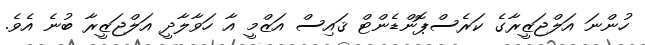
ހުންނަ އަލްޖަޒީރާގެ ކަރެސްޕޮންޑެންޓް ޤައިސް އަޒްމީ އާ ހަވާލާދީ އަލްޖަޒީރާ ބުނެ އެވެ.